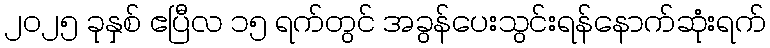
၂၀၂၅ ခုနှစ် ဧပြီလ ၁၅ ရက်တွင် အခွန်ပေးသွင်းရန်နောက်ဆုံးရက်